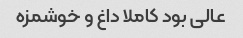
عالی بود کاملا داغ و خوشمزه